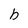
Character: b